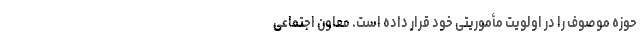
حوزه موصوف را در اولویت مأموریتی خود قرار داده است. معاون اجتماعی